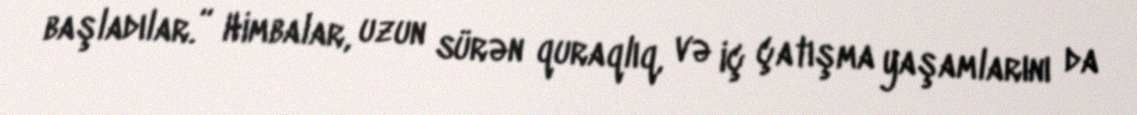
başladılar.” Himbalar, uzun sürən quraqlıq, və iç çatışma yaşamlarını da